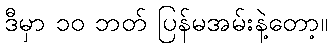
ဒီမှာ ၁၀ ဘတ် ပြန်မအမ်းနဲ့တော့။